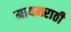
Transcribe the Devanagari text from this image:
मायमराठी